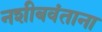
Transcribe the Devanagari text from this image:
नशीबवंताना